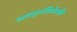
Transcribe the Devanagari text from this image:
व्यवहारशिरोमणि